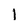
Character: I